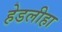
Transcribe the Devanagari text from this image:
हेडलीहा